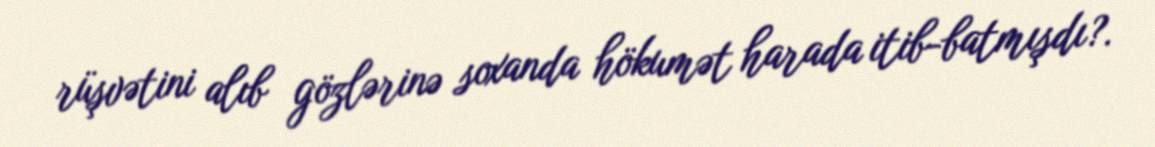
rüşvətini alıb gözlərinə soxanda hökumət harada itib-batmışdı?.